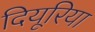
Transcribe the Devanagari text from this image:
दियूरिया